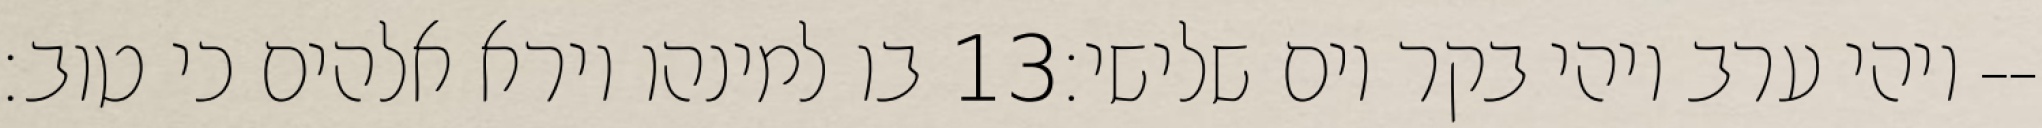
בו למינהו וירא אלהים כי טוב׃ ‎13‏ ויהי ערב ויהי בקר יום שלישי׃--